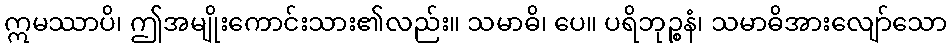
ဣမဿာပိ၊ ဤအမျိုးကောင်းသား၏လည်း။ သမာဓိ၊ ပေ။ ပရိဘုဉ္စနံ၊ သမာဓိအားလျော်သော